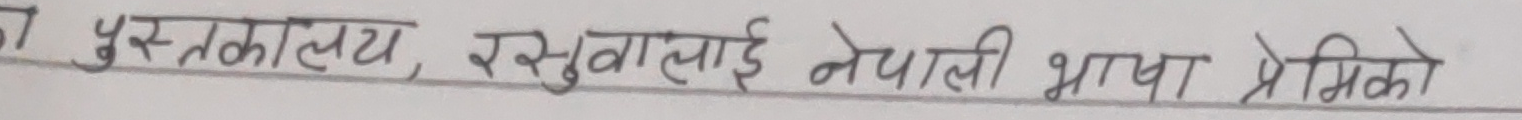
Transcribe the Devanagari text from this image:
पुस्तकालय, रसुवालाई नेपाली भाषा प्रेमिको